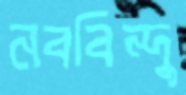
নববিন্দু